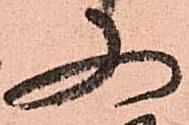
又